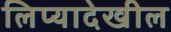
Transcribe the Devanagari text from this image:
लिप्यादेखील